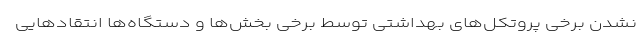
نشدن برخی پروتکل‌های بهداشتی توسط برخی بخش‌ها و دستگاه‌ها انتقادهایی